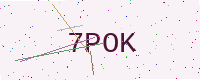
Text: 7POK